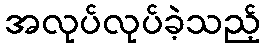
အလုပ်လုပ်ခဲ့သည့်